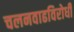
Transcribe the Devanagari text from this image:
चलनवाढविरोधी